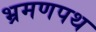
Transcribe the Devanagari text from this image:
भ्रमणपथ